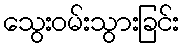
သွေးဝမ်းသွားခြင်း